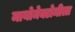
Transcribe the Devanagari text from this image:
मायोमेक्टोमीला